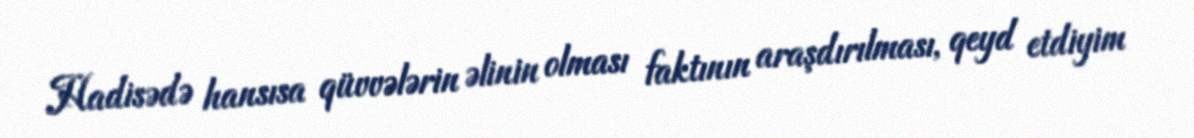
Hadisədə hansısa qüvvələrin əlinin olması faktının araşdırılması, qeyd etdiyim